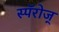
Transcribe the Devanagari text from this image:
स्पॅरोज्